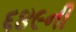
૬૪૯ની